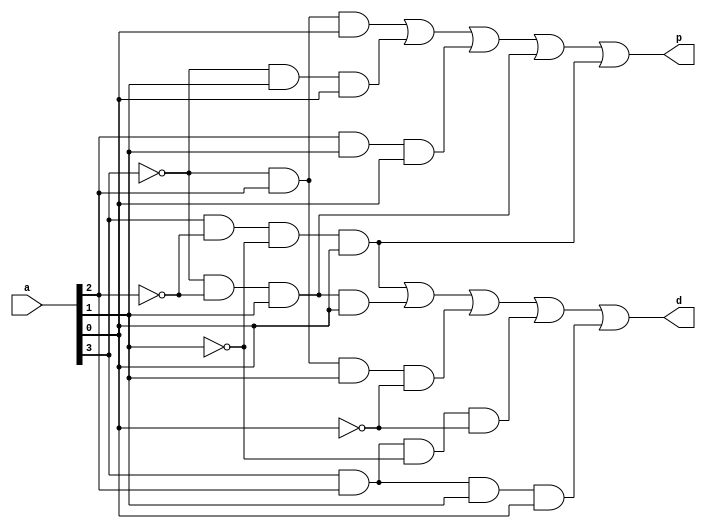
module PRIME_NUM(
	input [0:3]a,
	output p, d
);
	
	wire a1,a2,a3,a4,a5,a6,a7,a8,a9;
	
	assign a1 = (~a[0] &  a[1] &  a[3]);
	assign a2 = (~a[0] &  a[2] &  a[3]);
	assign a3 = ( a[1] &  a[2] &  a[3]);
	assign a4 = (~a[0] & ~a[1] &  a[2]);
	assign a5 = ( a[0] & ~a[1] & ~a[2] &  a[3]);
	assign a6 = (~a[0] & ~a[1] &  a[2] &  a[3]);
	assign a7 = (~a[0] &  a[1] &  a[2] & ~a[3]);
	assign a8 = ( a[0] &  a[1] & ~a[2] & ~a[3]);
	assign a9 = ( a[0] &  a[1] &  a[2] &  a[3]);
	
	assign p = a1 | a2 | a3 | a4 | a5;
	assign d = a5 | a6 | a7 | a8 | a9;
	
endmodule